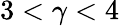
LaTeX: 3<\gamma<4